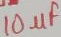
Text: 10µF